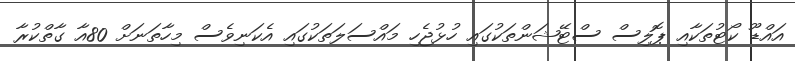
އައްޑޫ ކޯޓުތަކާއި ޕޮލިސް ސްޓޭޝަންތަކުގައި ހުޅުޖެހި މައްސަލަތަކުގައި އެކަނިވެސް މިހާތަނަށް 80އާ ގާތްކުރާ